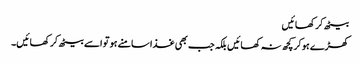
بیٹھ کر کھائیں
کھڑے ہوکر کچھ نہ کھائیں بلکہ جب بھی غذا سامنے ہو تو اسے بیٹھ کر کھائیں۔